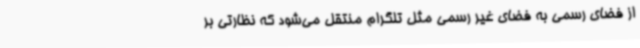
از فضای رسمی به فضای غیر رسمی مثل تلگرام منتقل می‌شود که نظارتی بر